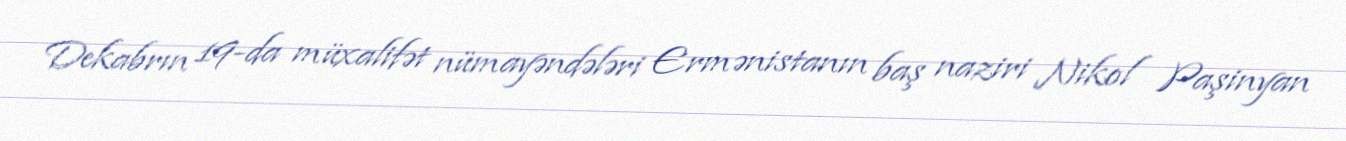
Dekabrın 19-da müxalifət nümayəndələri Ermənistanın baş naziri Nikol Paşinyan